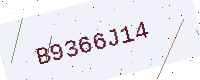
Text: B9366J14